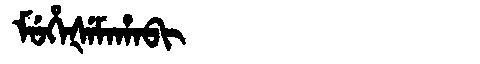
Manchu: ᠮᡠᡥᡝᡧᡝᠮᠠᡥᠠᠪᡳ
Romanization: MUHEŠEMAHABI